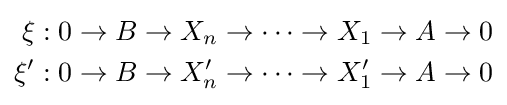
{\begin{aligned}\xi :0&\to B\to X_{n}\to \cdots \to X_{1}\to A\to 0\\\xi ':0&\to B\to X'_{n}\to \cdots \to X'_{1}\to A\to 0\end{aligned}}